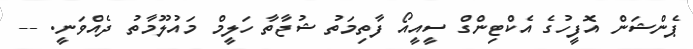
ޕެންޝަން އޮފީހުގެ އެކްޓިންގް ސީއީއޯ ފާތިމަތު ޝުޖާތާ ހަލީމް މައުލޫމާތު ދެއްވަނީ. --